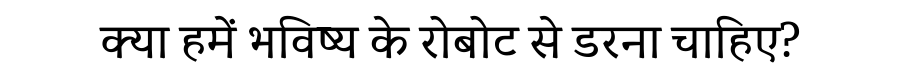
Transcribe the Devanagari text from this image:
क्या हमें भविष्य के रोबोट से डरना चाहिए?